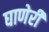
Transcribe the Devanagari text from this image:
घाणेरी